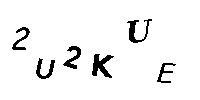
2U2KUE